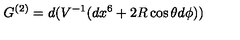
G ^ { ( 2 ) } = d ( V ^ { - 1 } ( d x ^ { 6 } + 2 R \cos \theta d \phi ) )